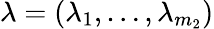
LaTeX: \lambda=(\lambda_{1},\ldots,\lambda_{m_{2}})